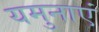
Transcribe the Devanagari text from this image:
यमुनाएं